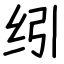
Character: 纼